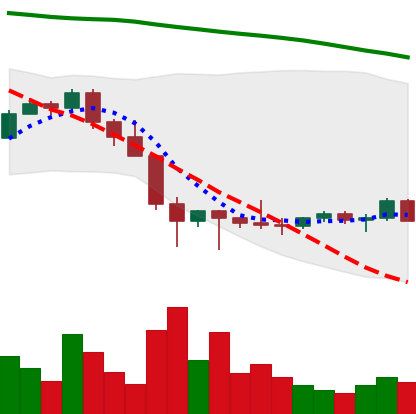
Ticker: LTC-USD
Chart end date: 2022-02-02
Forward return: 26.301%
Label: up_7plus